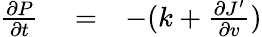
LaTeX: \begin{array}{rlr}{{\frac{\partial P}{\partial t}}}&{{}=}&{-(k+{\frac{\partial J^{\prime}}{\partial v}})}\end{array}